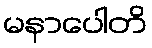
မနာပေါတိ